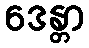
ဒေန္တာ